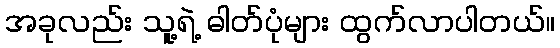
အခုလည်း သူ့ရဲ့ ဓါတ်ပုံများ ထွက်လာပါတယ်။